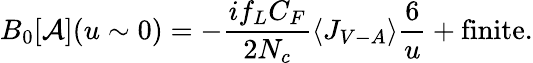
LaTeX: B_{0}[{\cal A}](u\sim 0)=-\frac{if_{L}C_{F}}{2N_{c}}\langle J_{V-A}\rangle\frac{6}{u}+\mathrm{finite}.